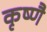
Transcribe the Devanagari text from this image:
कृष्णै